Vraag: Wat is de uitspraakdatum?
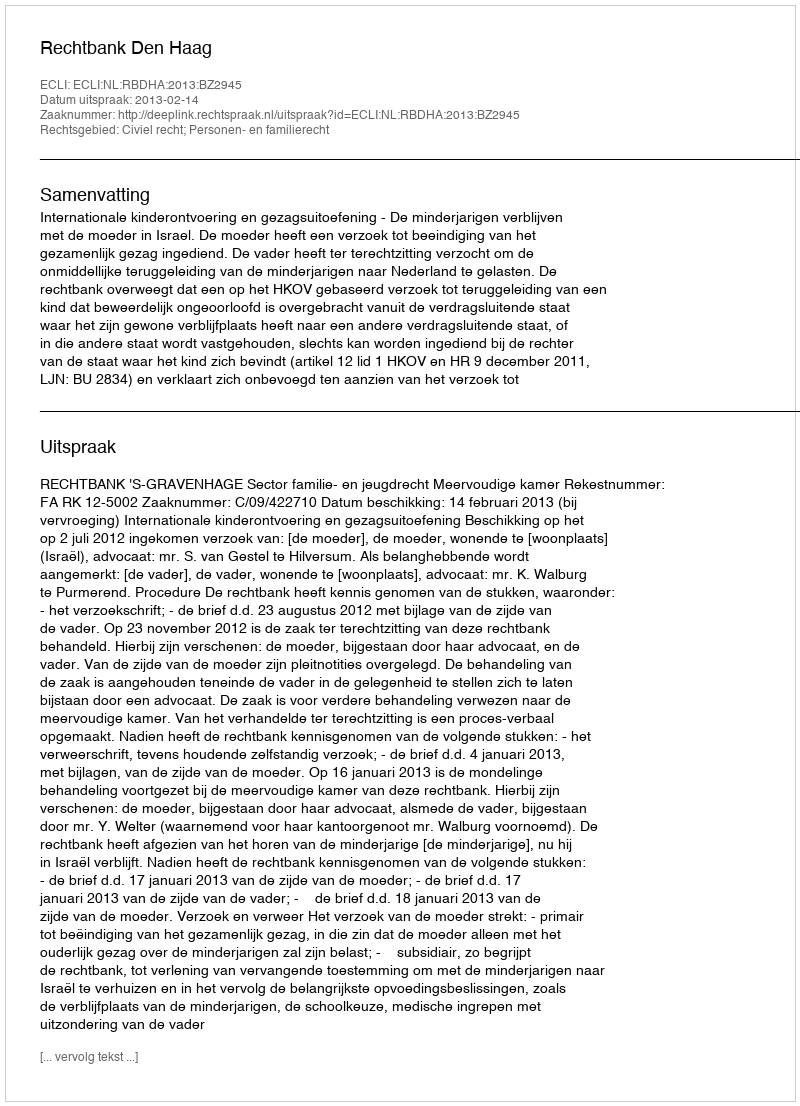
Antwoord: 2013-02-14